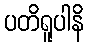
ပတိရူပါနိ